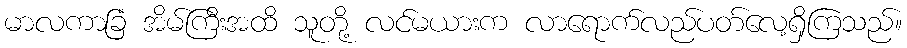
မာလကာခြံ အိမ်ကြီးအထိ သူတို့ လင်မယားက လာရောက်လည်ပတ်လေ့ရှိကြသည်။